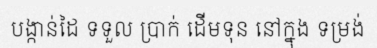
បង្កាន់ដៃ ទទួល ប្រាក់ ដើមទុន នៅក្នុង ទម្រង់